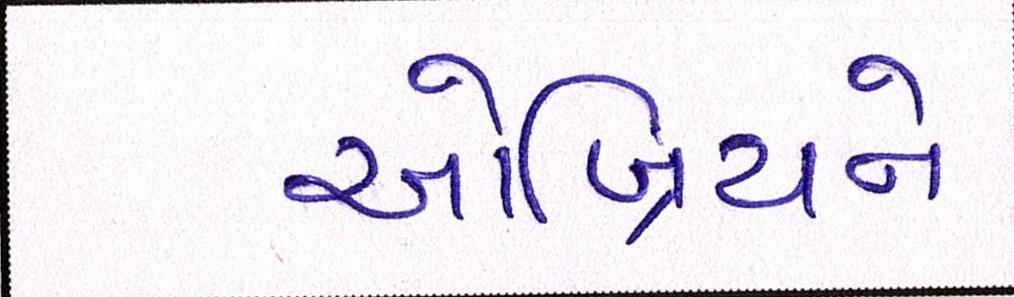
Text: ઓબ્રિયને